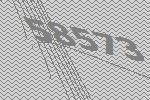
58573